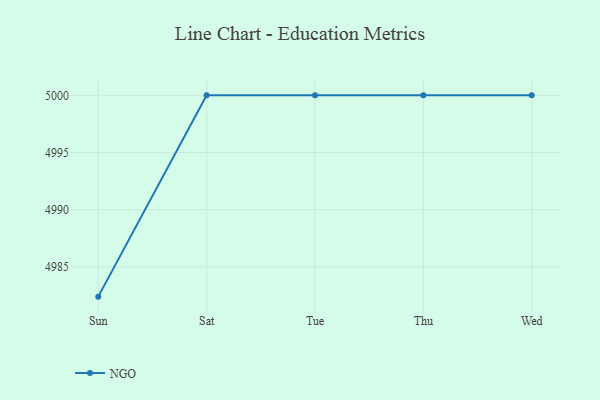
{"axis": {"x": "Day", "y": "Website Visitors"}, "legend": ["NGO"], "data": [{"x": "Sun", "y": 4982.4, "type": "NGO"}, {"x": "Sat", "y": 5000, "type": "NGO"}, {"x": "Tue", "y": 5000, "type": "NGO"}, {"x": "Thu", "y": 5000, "type": "NGO"}, {"x": "Wed", "y": 5000, "type": "NGO"}]}